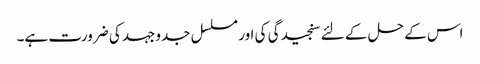
اس کے حل کے لئے سنجیدگی کی اور مسلسل جدوجہد کی ضرورت ہے۔